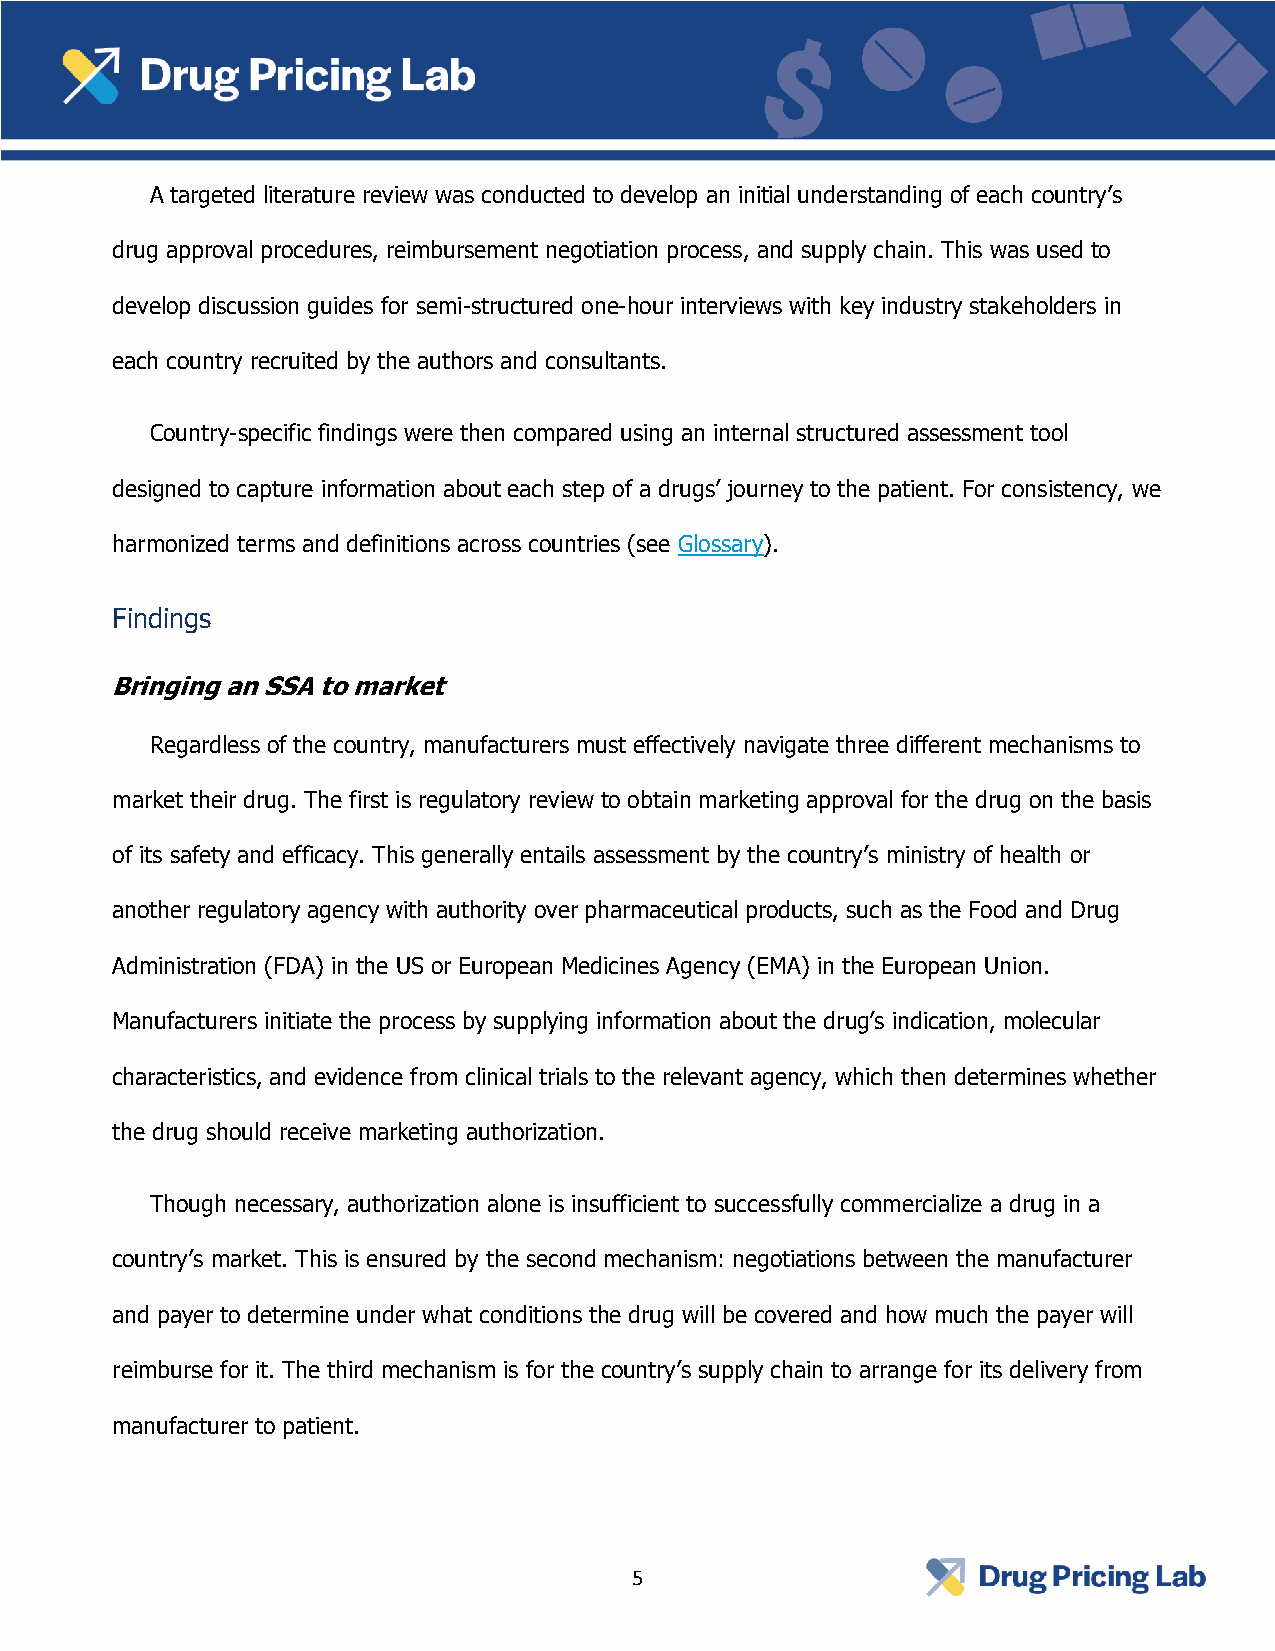
A targeted literature review was conducted to develop an initial understanding of each country’s
 drug approval procedures, reimbursement negotiation process, and supply chain. This was used to
 develop discussion guides for semi-structured one-hour interviews with key industry stakeholders in
 each country recruited by the authors and consultants.
 Country-specific findings were then compared using an internal structured assessment tool
 designed to capture information about each step of a drugs’ journey to the patient. For consistency, we
 harmonized terms and definitions across countries (see Glossary).
 Findings
 Bringing an SSA to market
 Regardless of the country, manufacturers must effectively navigate three different mechanisms to
 market their drug. The first is regulatory review to obtain marketing approval for the drug on the basis
 of its safety and efficacy. This generally entails assessment by the country’s ministry of health or
 another regulatory agency with authority over pharmaceutical products, such as the Food and Drug
 Administration (FDA) in the US or European Medicines Agency (EMA) in the European Union.
 Manufacturers initiate the process by supplying information about the drug’s indication, molecular
 characteristics, and evidence from clinical trials to the relevant agency, which then determines whether
 the drug should receive marketing authorization.
 Though necessary, authorization alone is insufficient to successfully commercialize a drug in a
 country’s market. This is ensured by the second mechanism: negotiations between the manufacturer
 and payer to determine under what conditions the drug will be covered and how much the payer will
 reimburse for it. The third mechanism is for the country’s supply chain to arrange for its delivery from
 manufacturer to patient.
 5